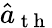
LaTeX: \hat{a}_{\mathrm{~t~h~}}